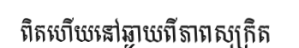
ពិតហើយនៅឆ្ងាយពីភាពសុក្រិត